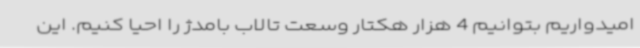
امیدواریم بتوانیم 4 هزار هکتار وسعت تالاب بامدژ را احیا کنیم. این